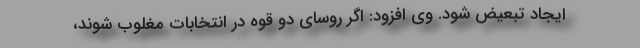
ایجاد تبعیض شود. وی افزود: اگر روسای دو قوه در انتخابات مغلوب شوند،